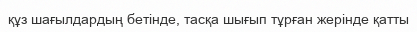
құз шағылдардың бетінде, тасқа шығып тұрған жерінде қатты